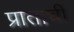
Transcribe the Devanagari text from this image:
प्रांताचीं